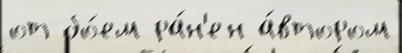
от бо́ем ра́н'ен а́втором